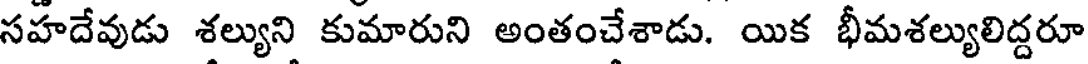
సహదేవుడు శల్యుని కుమారుని అంతంచేశాడు. యిక భీమశల్యులిద్దరూ